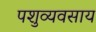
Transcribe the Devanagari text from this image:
पशुव्यवसाय